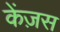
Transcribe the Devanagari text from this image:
केंज़स